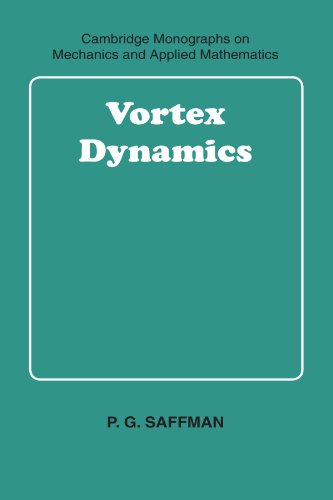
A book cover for Vortex Dynamics (Cambridge Monographs on Mechanics); P. G. Saffman; Science & Math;